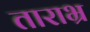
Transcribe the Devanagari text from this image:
ताराभ्र